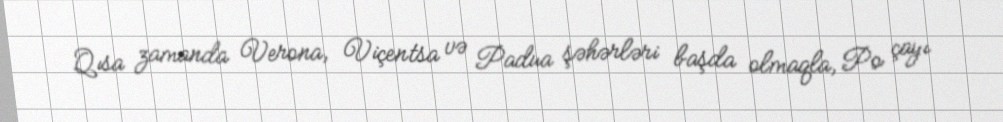
Qısa zamanda Verona, Viçentsa və Padua şəhərləri başda olmaqla, Po çayı